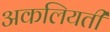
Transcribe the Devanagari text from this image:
अकलियती